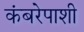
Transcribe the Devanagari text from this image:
कंबरेपाशी